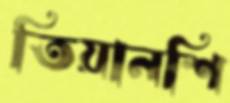
তিয়ানশি